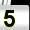
Digit: 5